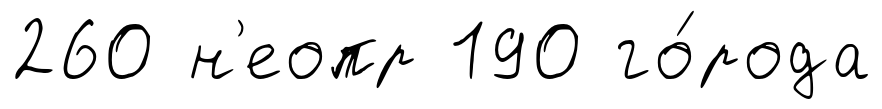
260 н'еопр 190 го́рода